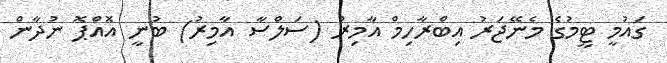
ގައުމީ ޓީމުގެ މެނޭޖަރު އިބްރާހިމް އާމިރު (ސަލްސާ އާމިރު) ބުނީ އޮއްޕޮ ނުދާން